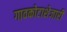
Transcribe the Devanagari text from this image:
गावकोटाशेजारी